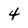
Character: 4